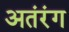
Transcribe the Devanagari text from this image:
अतंरंग